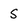
Character: S